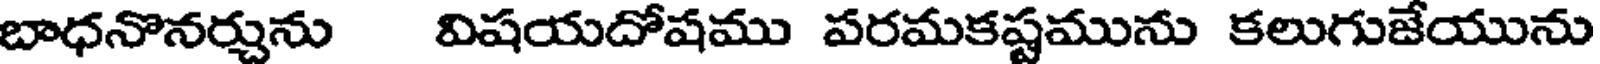
బాధనొనర్చును విషయదోషము పరమకష్టమును కలుగుజేయును